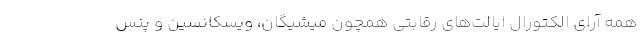
همه آرای الکتورال ایالت‌های رقابتی همچون میشیگان، ویسکانسین و پنس